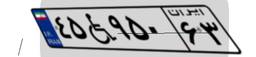
۴۵W۹۵۰۶۳